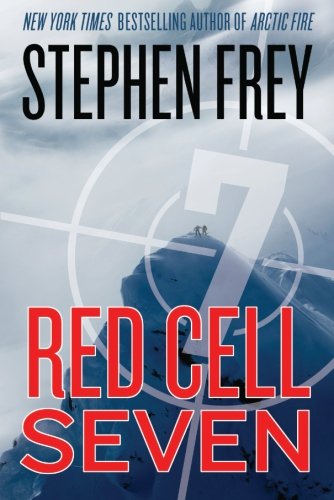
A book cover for Red Cell Seven (Red Cell Trilogy); Stephen W. Frey; Literature & Fiction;